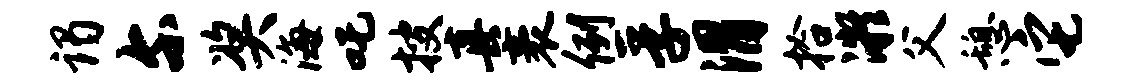
谒尔奖海吒搜真袤例孚渭拾凝父憩它